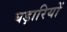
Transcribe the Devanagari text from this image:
घड़ारियों